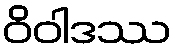
ဝိဝါဒဿ